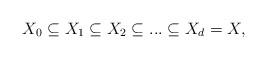
LaTeX: \begin{align*}X_0 \subseteq X_1 \subseteq X_2 \subseteq ... \subseteq X_d = X,\end{align*}